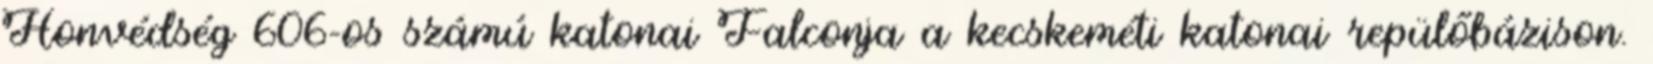
Honvédség 606-os számú katonai Falconja a kecskeméti katonai repülőbázison.